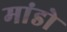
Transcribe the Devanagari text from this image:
मांडो